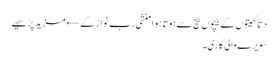
دِتاّ کھیتوں کے بیچوں بیچ سے ہوتا ہوا منشی رب نواز کے← مزید پڑھیے
سویرے والی گاڑی۔